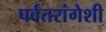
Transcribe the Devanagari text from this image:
पर्वतरांगेशी